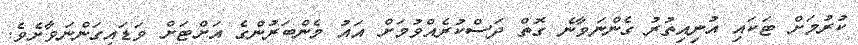
ކުރުމަށް ޓަކައި އުނިއިތުރު ގެންނަވާނެ ގޮތް ދަސްކުރެއްވުމަށް އައު މެންބަރުންގެ އަށްޓަށް ވަޑައިގަންނަވާށެވެ.